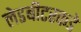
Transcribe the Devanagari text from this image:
लेडबीटरकडे